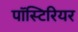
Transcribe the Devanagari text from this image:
पॉस्टिरियर